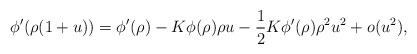
LaTeX: \begin{align*}\phi'(\rho(1+u)) = \phi'(\rho) - K\phi(\rho) \rho u - \dfrac{1}{2} K\phi'(\rho) \rho^2 u^2 + o(u^2),\end{align*}